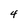
Character: 4